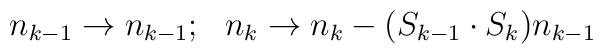
\begin{array}{cc}    n_{k-1} \rightarrow n_{k-1};    &    n_k \rightarrow n_k - (S_{k-1} \cdot S_k) n_{k-1}    \end{array}